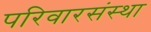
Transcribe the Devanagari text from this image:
परिवारसंस्था